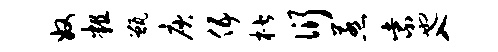
奴粗甑庾伍楷衍惹紫也入